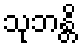
သုဘန္တိ